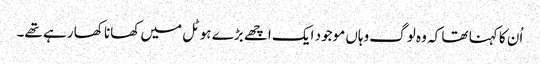
اُن کا کہنا تھا کہ وہ لوگ وہاں موجود ایک اچھے بڑے ہوٹل میں کھانا کھا رہے تھے۔